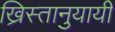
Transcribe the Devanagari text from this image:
ख्रिस्तानुयायी